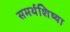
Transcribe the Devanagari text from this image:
समर्थशिष्या